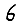
Digit: 6